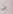
لن